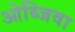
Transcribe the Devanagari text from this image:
ओब्जिवा